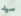
سيد